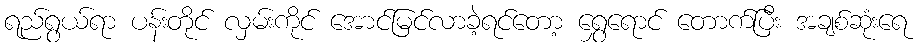
ရည်ရွယ်ရာ ပန်းတိုင် လှမ်းကိုင် အောင်မြင်လာခဲ့ရင်တော့ ရွှေရောင် တောက်ပြီး အချစ်ဆုံးရေ